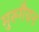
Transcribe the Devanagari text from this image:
मुरुगैयन